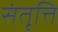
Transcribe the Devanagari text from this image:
संतृत्ति